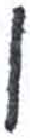
אות: ן